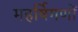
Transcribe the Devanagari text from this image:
महर्षिगणों